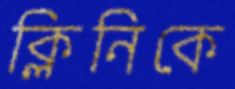
ক্লিনিকে